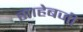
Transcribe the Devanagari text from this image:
साहेबजी